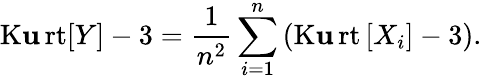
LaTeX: \operatorname{K\mathbf{u}rt}[Y]-3={\frac{{1}}{{n^{2}}}}\sum_{i=1}^{n}\left(\operatorname{K\mathbf{u}rt}\left[X_{i}\right]-3\right).